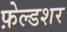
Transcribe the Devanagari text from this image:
फ़ेल्डशर